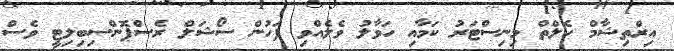
އިރްތިޝާމް ހެލްތް މިނިސްޓަރު ކަމާއި ހަވާލު ވެލެއްވި ފަހުން ސޯޝަލް ރެސްޕޮންސިބިލިޓީ ވެސް